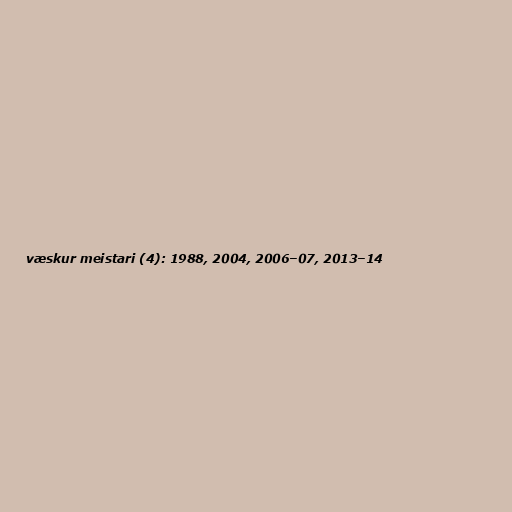
væskur meistari (4): 1988, 2004, 2006–07, 2013–14